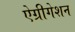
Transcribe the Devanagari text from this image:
ऐग्रीगेशन